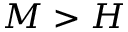
M > H